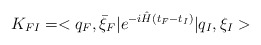
\begin{align*}K_{FI}=<q_F,\bar \xi_F\vert e^{-i\hat H(t_F-t_I)}\vert q_I,\xi_I>\end{align*}